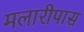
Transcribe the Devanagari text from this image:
मलारीपास